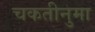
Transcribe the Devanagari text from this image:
चकतीनुमा